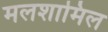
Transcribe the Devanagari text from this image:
मलशामिल